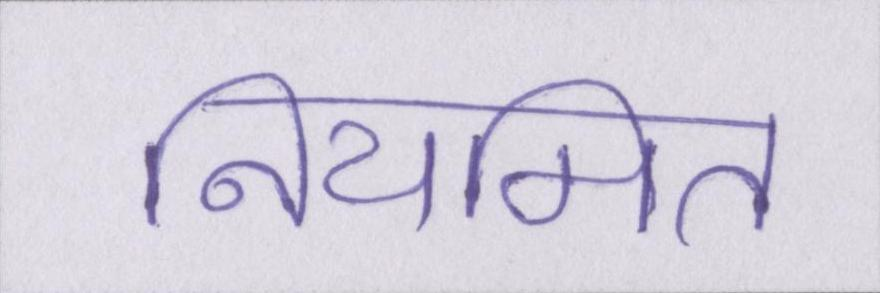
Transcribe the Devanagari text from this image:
नियमित